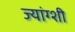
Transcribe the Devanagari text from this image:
ज्यांग्शी